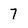
Character: 7